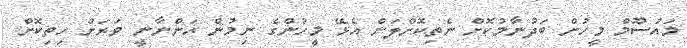
މައުސޫމް މީހުން ބަދުނާމުކޮށް ނެތިކޮށްލަން އެޅޭ މީހުންގެ ނިމުން އަންނާނީ ވަރަށް ހިތިކޮށް